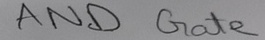
Text: AND Gate